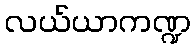
လယ်ယာကဏ္ဍ